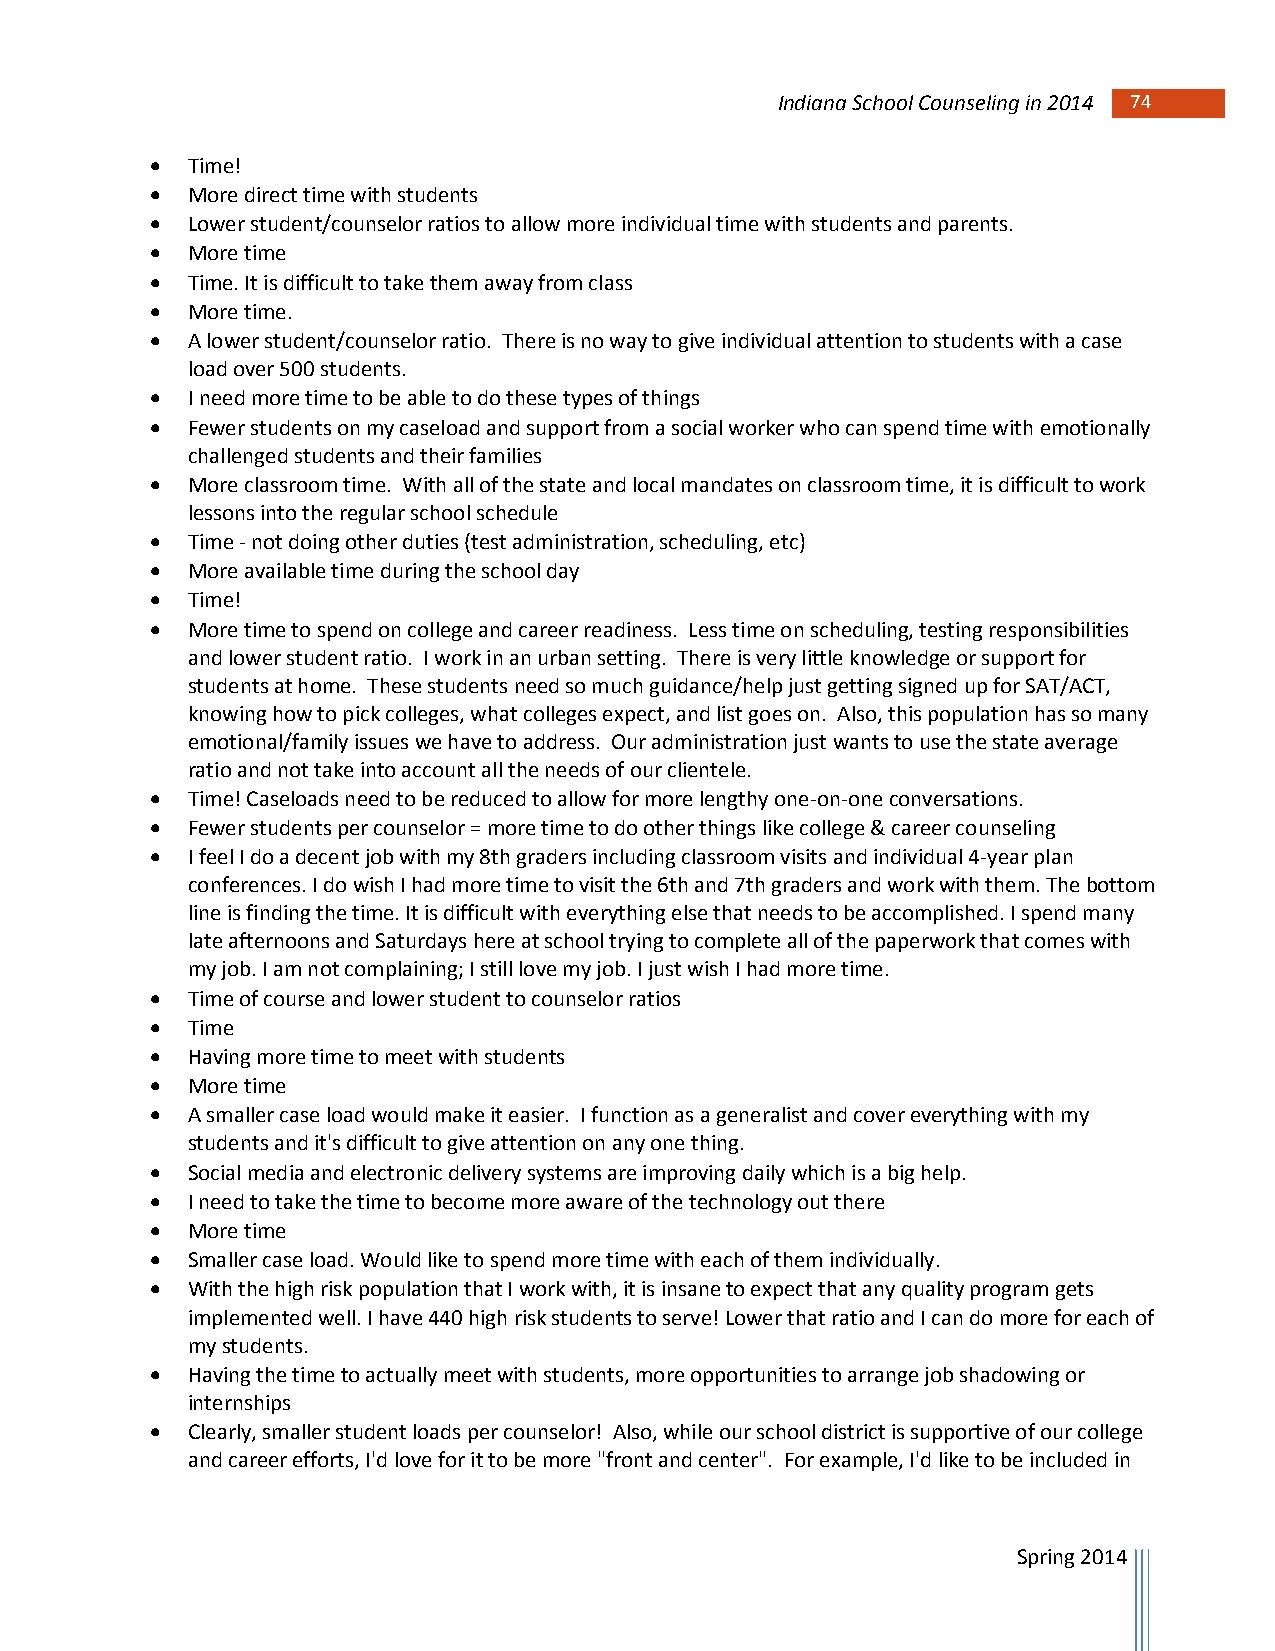
Indiana School Counseling in 2014 74 74
  Time!
  More direct time with students
  Lower student/counselor ratios to allow more individual time with students and parents.
  More time
  Time. It is difficult to take them away from class
  More time.
  A lower student/counselor ratio. There is no way to give individual attention to students with a case
 load over 500 students.
  I need more time to be able to do these types of things
  Fewer students on my caseload and support from a social worker who can spend time with emotionally
 challenged students and their families
  More classroom time. With all of the state and local mandates on classroom time, it is difficult to work
 lessons into the regular school schedule
  Time - not doing other duties (test administration, scheduling, etc)
  More available time during the school day
  Time!
  More time to spend on college and career readiness. Less time on scheduling, testing responsibilities
 and lower student ratio. I work in an urban setting. There is very little knowledge or support for
 students at home. These students need so much guidance/help just getting signed up for SAT/ACT,
 knowing how to pick colleges, what colleges expect, and list goes on. Also, this population has so many
 emotional/family issues we have to address. Our administration just wants to use the state average
 ratio and not take into account all the needs of our clientele.
  Time! Caseloads need to be reduced to allow for more lengthy one-on-one conversations.
  Fewer students per counselor = more time to do other things like college & career counseling
  I feel I do a decent job with my 8th graders including classroom visits and individual 4-year plan
 conferences. I do wish I had more time to visit the 6th and 7th graders and work with them. The bottom
 line is finding the time. It is difficult with everything else that needs to be accomplished. I spend many
 late afternoons and Saturdays here at school trying to complete all of the paperwork that comes with
 my job. I am not complaining; I still love my job. I just wish I had more time.
  Time of course and lower student to counselor ratios
  Time
  Having more time to meet with students
  More time
  A smaller case load would make it easier. I function as a generalist and cover everything with my
 students and it's difficult to give attention on any one thing.
  Social media and electronic delivery systems are improving daily which is a big help.
  I need to take the time to become more aware of the technology out there
  More time
  Smaller case load. Would like to spend more time with each of them individually.
  With the high risk population that I work with, it is insane to expect that any quality program gets
 implemented well. I have 440 high risk students to serve! Lower that ratio and I can do more for each of
 my students.
  Having the time to actually meet with students, more opportunities to arrange job shadowing or
 internships
  Clearly, smaller student loads per counselor! Also, while our school district is supportive of our college
 and career efforts, I'd love for it to be more "front and center". For example, I'd like to be included in
 Spring 2014